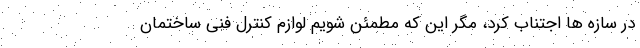
در سازه ها اجتناب کرد، مگر این که مطمئن شویم لوازم کنترل فنی ساختمان